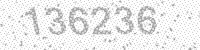
Solution: 136236